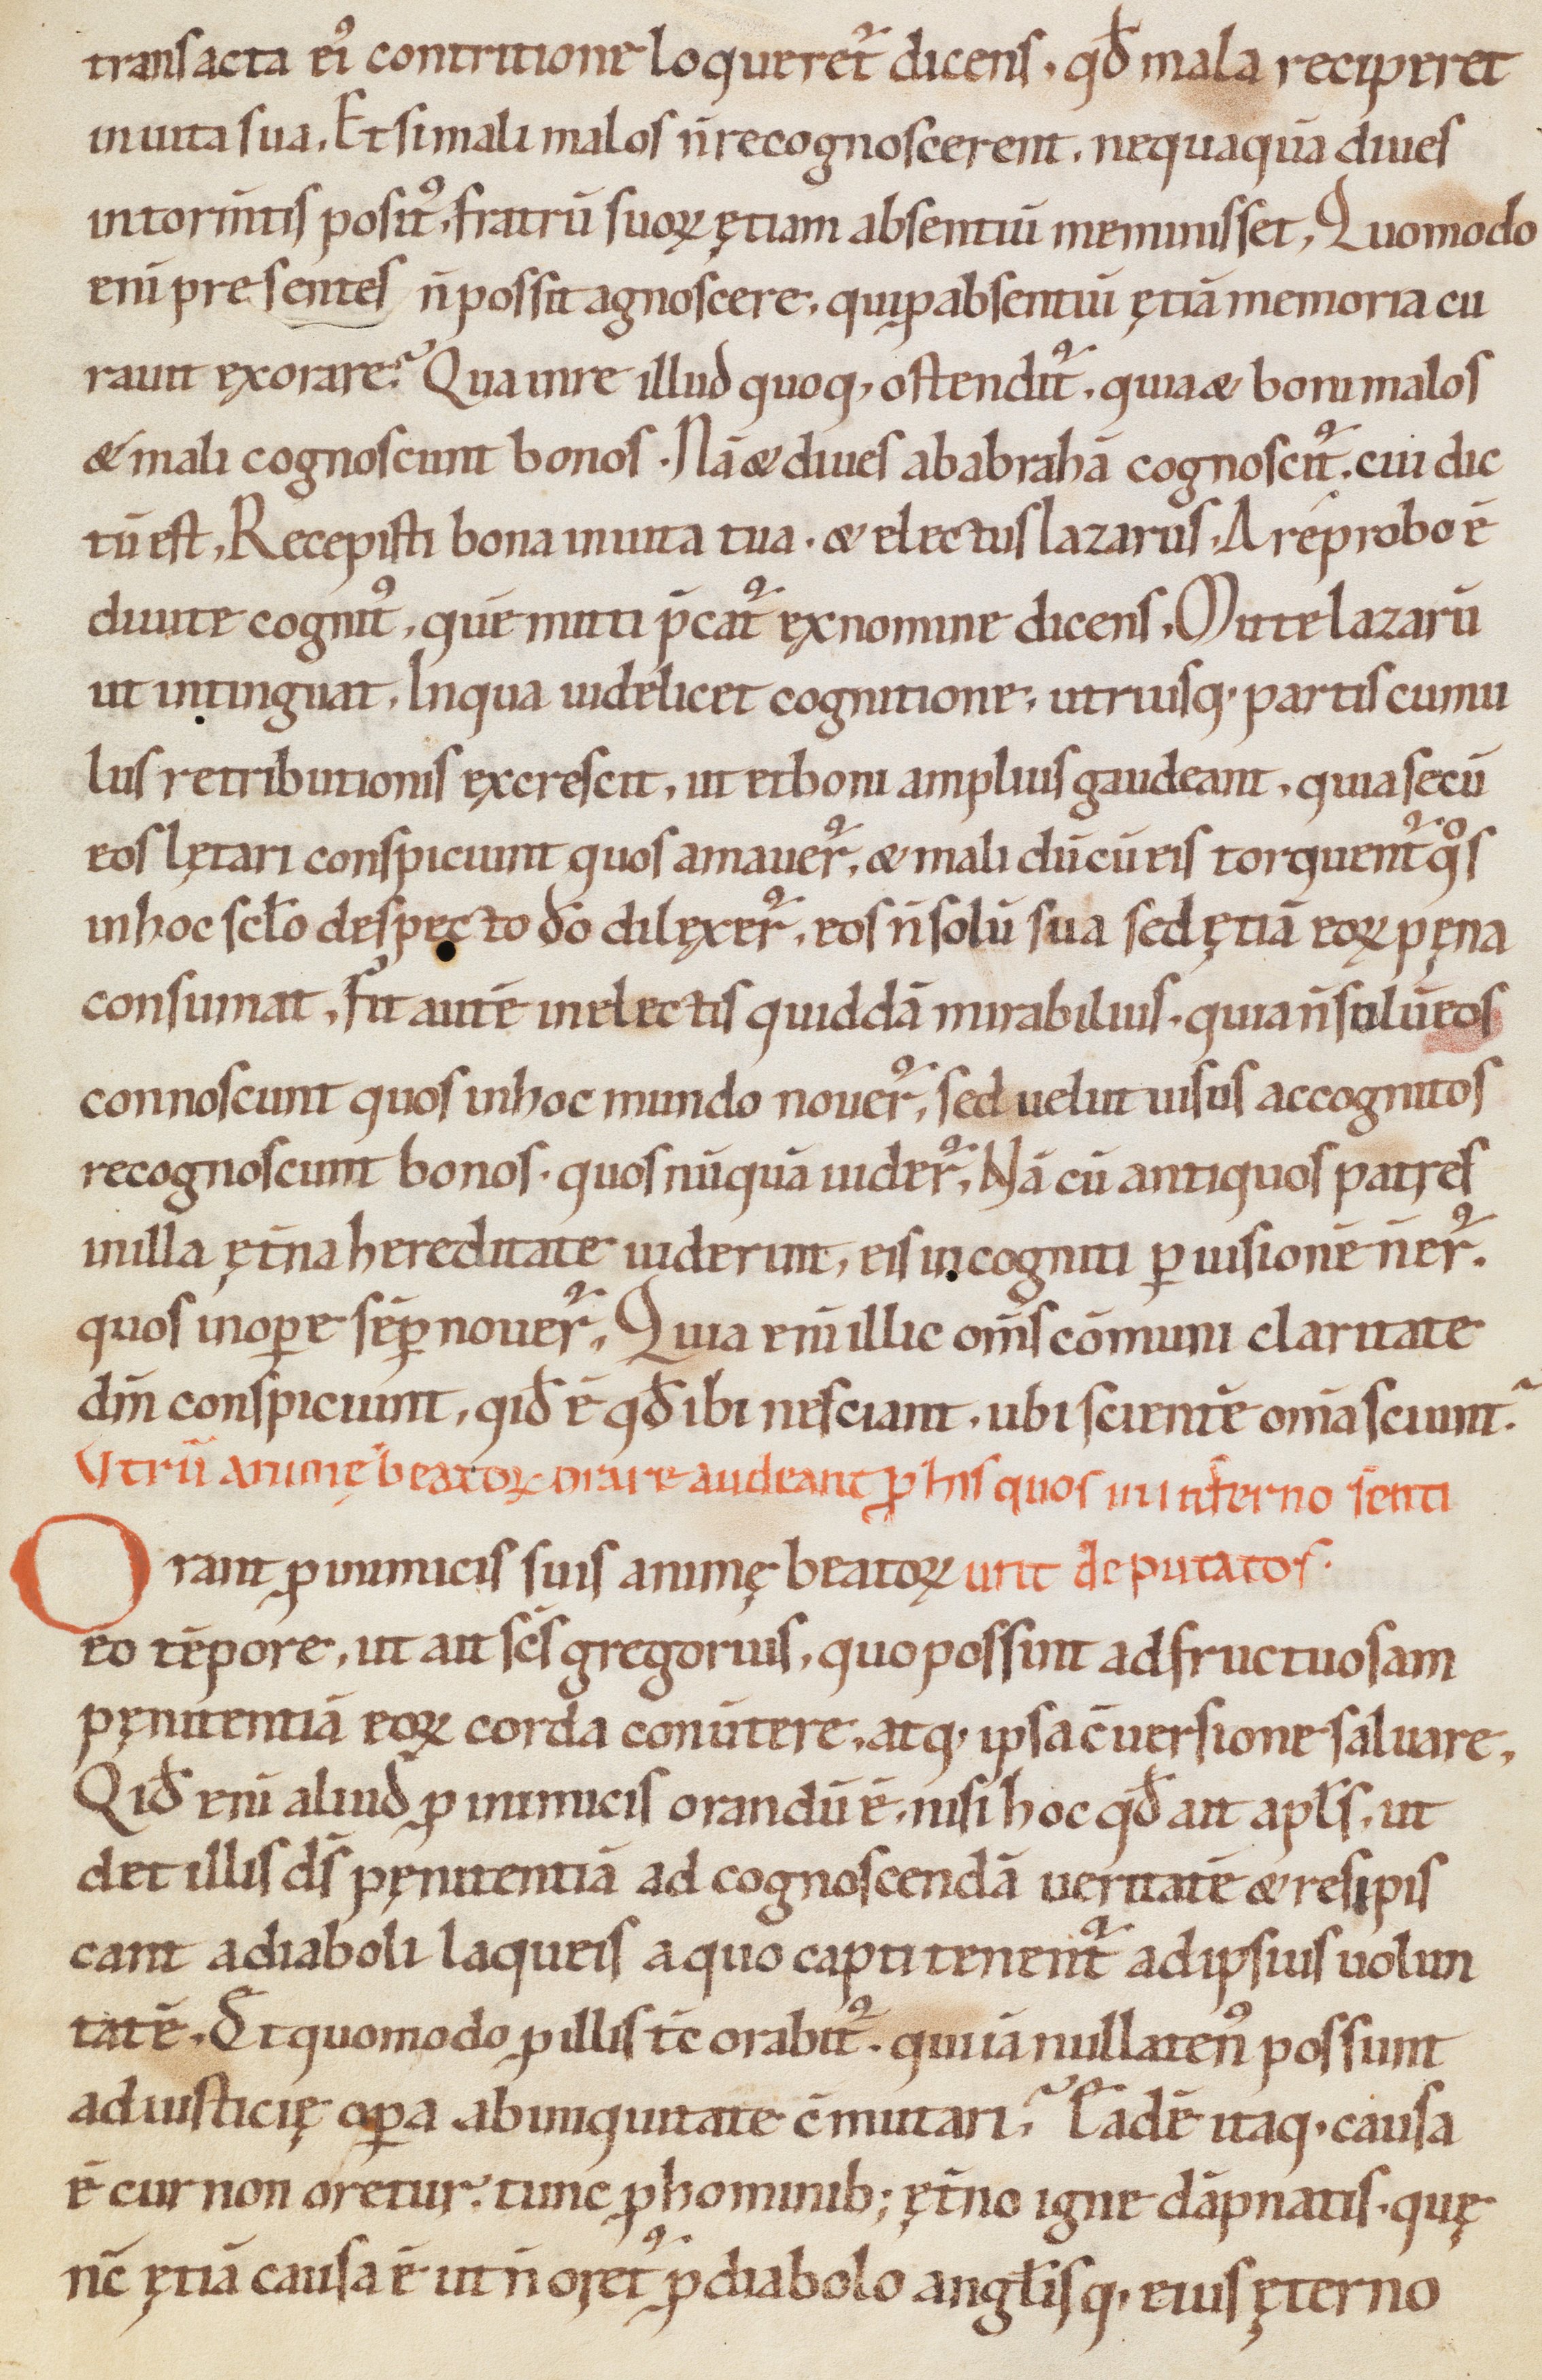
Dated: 1000–1099